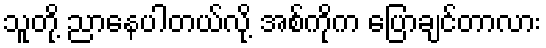
သူတို့ ညာနေပါတယ်လို့ အစ်ကိုက ပြောချင်တာလား